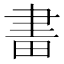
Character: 𤱪